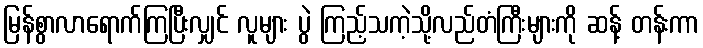
မြန်စွာလာရောက်ကြပြီးလျှင် လူများ ပွဲ ကြည့်သကဲ့သို့လည်တံကြီးများကို ဆန့် တန်းကာ